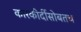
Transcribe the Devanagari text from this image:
कारकीर्दीसोबतच